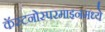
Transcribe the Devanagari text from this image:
कॅस्टनोस्परमाइनमध्ये